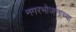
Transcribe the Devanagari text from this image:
नगरभोजनाच्या